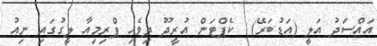
އައްސަދު އަލީ (އަޑުބަރޭ)  ކެޕްޓަން އުރީދޫ ދިވެހި ޕްރިމިއާ ލީގުގައި ނިއު